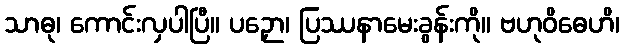
သာဓု၊ ကောင်းလှပါပြီ။ ပဉှော၊ ပြဿနာမေးခွန်းကို။ ဗဟုဝိဓေဟိ၊